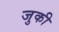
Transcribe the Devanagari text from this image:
जुकी